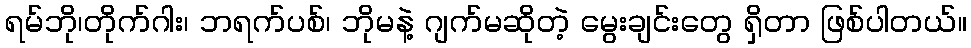
ရမ်ဘို၊တိုက်ဂါး၊ ဘရက်ပစ်၊ ဘိုမနဲ့ ဂျက်မဆိုတဲ့ မွေးချင်းတွေ ရှိတာ ဖြစ်ပါတယ်။